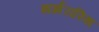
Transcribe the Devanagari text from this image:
झर्झरास्थि